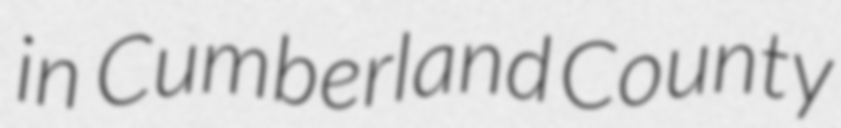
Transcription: in  Cumberland County